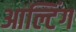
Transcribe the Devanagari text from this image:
आल्टिंग